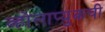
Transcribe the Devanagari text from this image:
व्होलाप्युकची